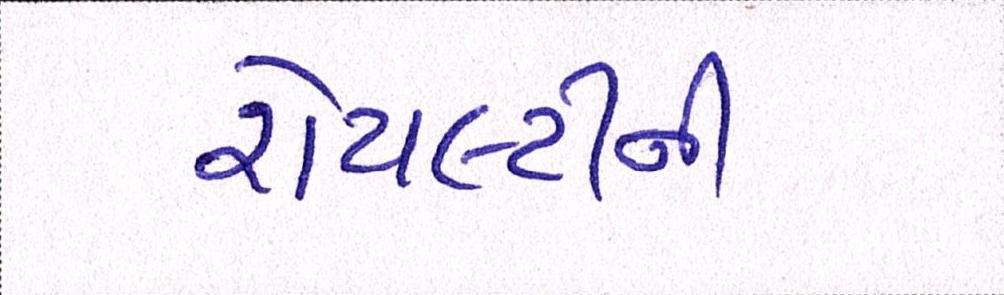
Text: રોયલ્ટીની